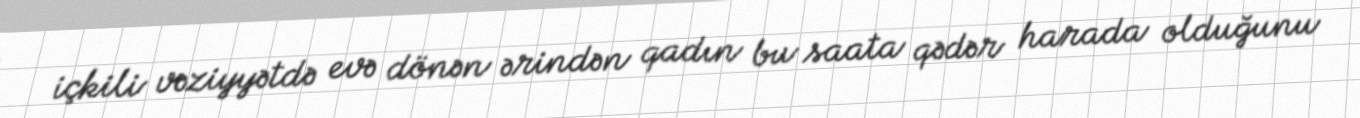
içkili vəziyyətdə evə dönən ərindən qadın bu saata qədər harada olduğunu